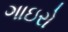
ગાઇરો